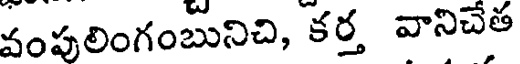
వంపులింగంబునిచి, కర్త వానిచేత